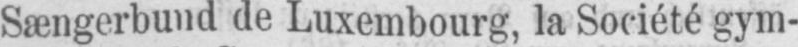
Sængerbund de Luxembourg, la Société gym-